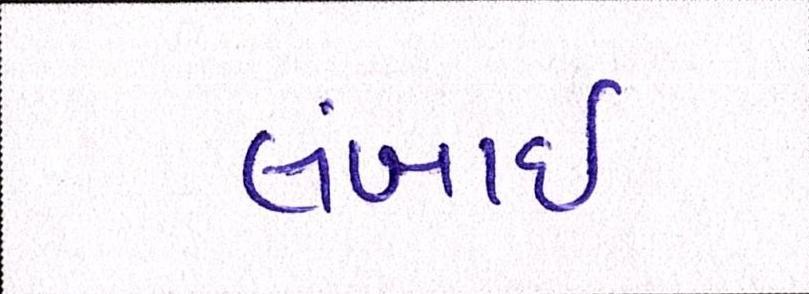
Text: લંબાઈ